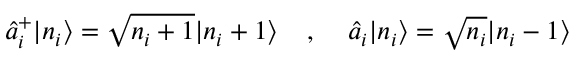
\hat { a } _ { i } ^ { + } | n _ { i } \rangle = \sqrt { n _ { i } + 1 } | n _ { i } + 1 \rangle \; \; \; \; , \; \; \; \; \hat { a } _ { i } | n _ { i } \rangle = \sqrt { n _ { i } } | n _ { i } - 1 \rangle